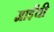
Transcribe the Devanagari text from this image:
माईंची